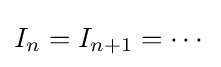
I_{n}=I_{n+1}=\cdots